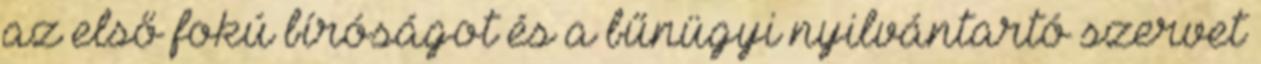
az első fokú bíróságot és a bűnügyi nyilvántartó szervet